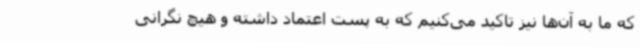
که ما به آن‌ها نیز تاکید می‌کنیم که به پست اعتماد داشته و هیچ نگرانی